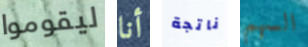
ليقوموا أنا ناتجة السهم